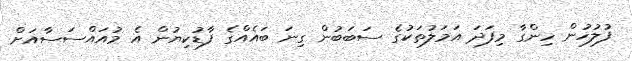
ފުލުހުން ހިންގާ މިފަދަ އަމަލުތަކުގެ ސަބަބުން ގިނަ ބައެއްގެ ފާޑުކިޔުން އެ މުއައްސަސާއަށް